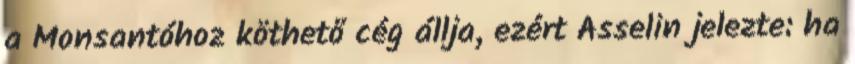
a Monsantóhoz köthető cég állja, ezért Asselin jelezte: ha